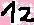
Text: 12